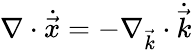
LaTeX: \nabla\cdot\dot{\vec{x}}=-\nabla_{\vec{k}}\cdot\dot{\vec{k}}